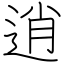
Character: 逍